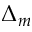
\Delta _ { m }